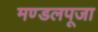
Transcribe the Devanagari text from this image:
मण्डलपूजा